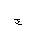
Letter: _gim